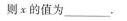
则x的值为_______。